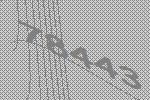
78443